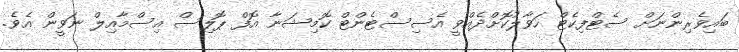
ބައިވެރިންނަށް ސެޓްފިކެޓް ހަވާލުކޮށްދެއްވީ އެސިސްޓެންޓް ކޮމިޝަނާ އޮފް ޕޮލިސް އިސްމާއިލް ނަވީން އެވެ.